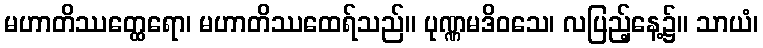
မဟာတိဿတ္ထေရော၊ မဟာတိဿထေရ်သည်။ ပုဏ္ဏမဒိဝသေ၊ လပြည့်နေ့၌။ သာယံ၊